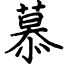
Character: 慕